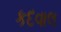
કદવાલ